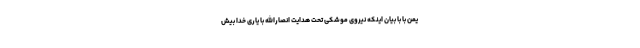
یمن با با بیان اینکه نیروی موشکی تحت هدایت انصارالله با یاری خدا بیش